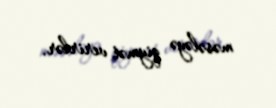
məsələyə qiymət verirlər.